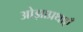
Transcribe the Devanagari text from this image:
ओझाप्रथाएँ